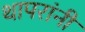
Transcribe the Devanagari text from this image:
थापरांनी